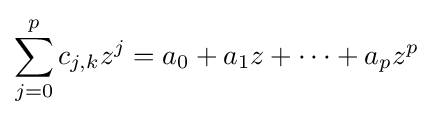
\sum _{j=0}^{p}c_{j,k}z^{j}=a_{0}+a_{1}z+\cdots +a_{p}z^{p}